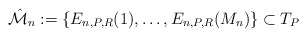
\begin{align*}\hat{\cal M}_n:=\{E_{n,P,R}(1),\ldots, E_{n,P,R}({M_n})\} \subset T_{P}\end{align*}